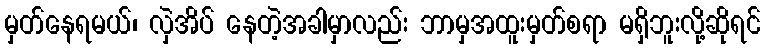
မှတ်နေရမယ်၊ လှဲအိပ် နေတဲ့အခါမှာလည်း ဘာမှအထူးမှတ်စရာ မရှိဘူးလို့ဆိုရင်